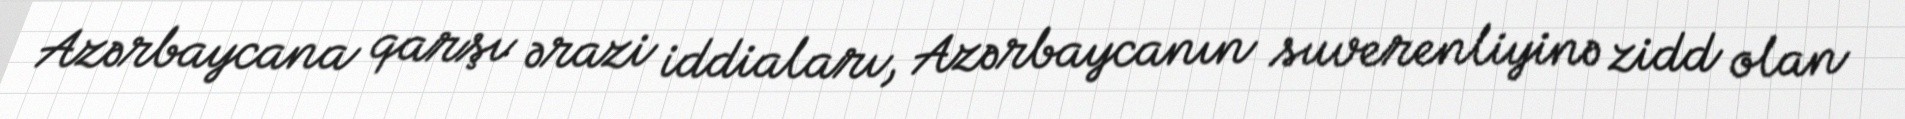
Azərbaycana qarşı ərazi iddiaları, Azərbaycanın suverenliyinə zidd olan